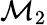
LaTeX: \mathcal{M}_{2}